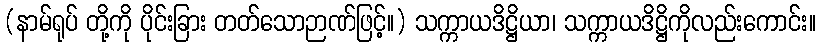
(နာမ်ရုပ် တို့ကို ပိုင်းခြား တတ်သောဉာဏ်ဖြင့်။) သက္ကာယဒိဋ္ဌိယာ၊ သက္ကာယဒိဋ္ဌိကိုလည်းကောင်း။